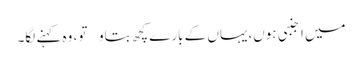
میں اجنبی ہوں،یہاں کے بارے کچھ بتاو تو، وہ کہنے لگا۔